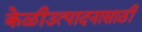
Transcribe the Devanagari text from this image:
केळीउत्पादनासाठी